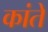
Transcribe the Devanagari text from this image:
कांते